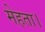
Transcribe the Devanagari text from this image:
मेहता।